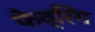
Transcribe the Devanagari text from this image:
फेव्रिंग